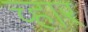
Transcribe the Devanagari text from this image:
च्हार